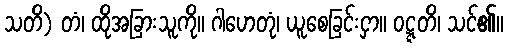
သတိ) တံ၊ ထိုအခြားသူကို။ ဂါဟေတုံ၊ ယူစေခြင်းငှာ။ ဝဋ္ဋတိ၊ သင်၏။